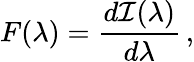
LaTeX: F(\lambda)=\frac{d{\cal I}(\lambda)}{d\lambda}\, ,